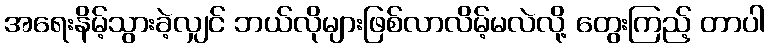
အရေးနိမ့်သွားခဲ့လျှင် ဘယ်လိုများဖြစ်လာလိမ့်မလဲလို့ တွေးကြည့် တာပါ